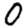
Digit: 0